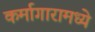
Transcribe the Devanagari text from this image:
कर्मागारामध्ये